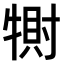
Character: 𤛀